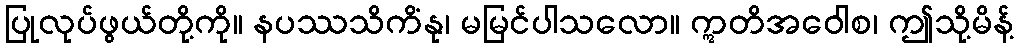
ပြုလုပ်ဖွယ်တို့ကို။ နပဿသိကိံနု၊ မမြင်ပါသလော။ ဣတိအဝေါစ၊ ဤသို့မိန့်